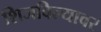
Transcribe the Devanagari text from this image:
शिजविल्यावर